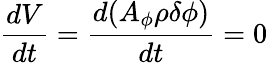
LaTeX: \frac{dV}{dt}=\frac{d(A_{\phi}\rho\delta\phi)}{dt}=0